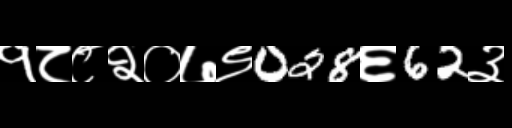
Text: १८८२०७९028६62३